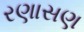
રણાસણ